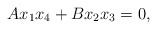
\begin{align*}Ax_1x_4+Bx_2x_3=0,\end{align*}